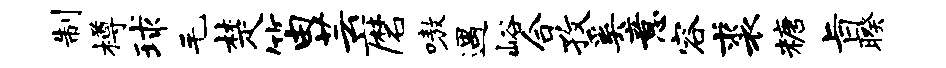
制樽球毛楚笛芸磨嗷遇峪合孜奚意容裘糖旨暌